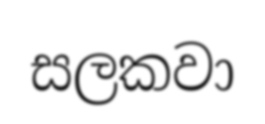
සලකවා